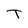
Character: T